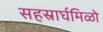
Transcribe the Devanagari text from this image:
सहस्रार्घमिळो